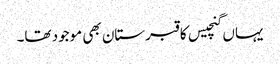
یہاں گنچیس کا قبرستان بھی موجود تھا۔